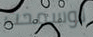
لوسمحت